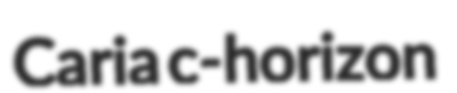
Caria c-horizon